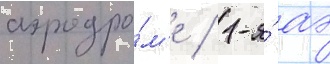
аэродро́м'е / 1-я́ аэ